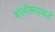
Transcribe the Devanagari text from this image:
बोलीरूपाकडे